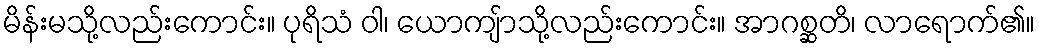
မိန်းမသို့လည်းကောင်း။ ပုရိသံ ဝါ၊ ယောကျ်ာသို့လည်းကောင်း။ အာဂစ္ဆတိ၊ လာရောက်၏။